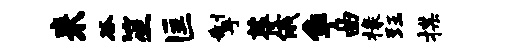
来谷笙匡掣荐俄争曲椽珏揲